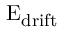
\mathrm { E _ { d r i f t } }